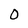
Character: 0